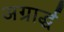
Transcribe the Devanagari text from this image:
अग्रार्द्ध